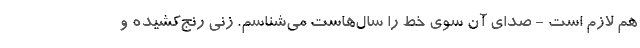
هم لازم است - صدای آن سوی خط را سال‌هاست می‌شناسم. زنی رنج‌کشیده و